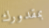
بمقدورك